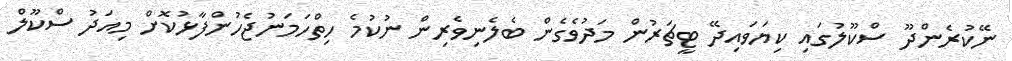
ނޭކުރެންދޫ ސްކޫލުގައި ކިޔަވައިދޭ ޓީޗަރުން މަދުވެގެން ބެލެނިވެރިން ނުކުމެ ހިތްހަމަނުޖެހުންފާޅުކޮށް މިއަދު ސްކޫލް